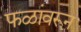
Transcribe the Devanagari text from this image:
फळांवरून